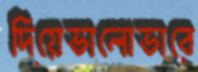
দিয়েভালোভাবে